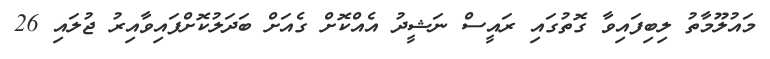
މައުލޫމާތު ލިބިފައިވާ ގޮތުގައި ރައީސް ނަޝީދު އެއްކޮށް ގެއަށް ބަދަލުކޮށްފައިވާއިރު ޖުލައި 26